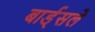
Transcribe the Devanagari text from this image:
बार्ड्सले